Vaccination in Bombay 1869-1873 - 1869-1873
Year: 1869
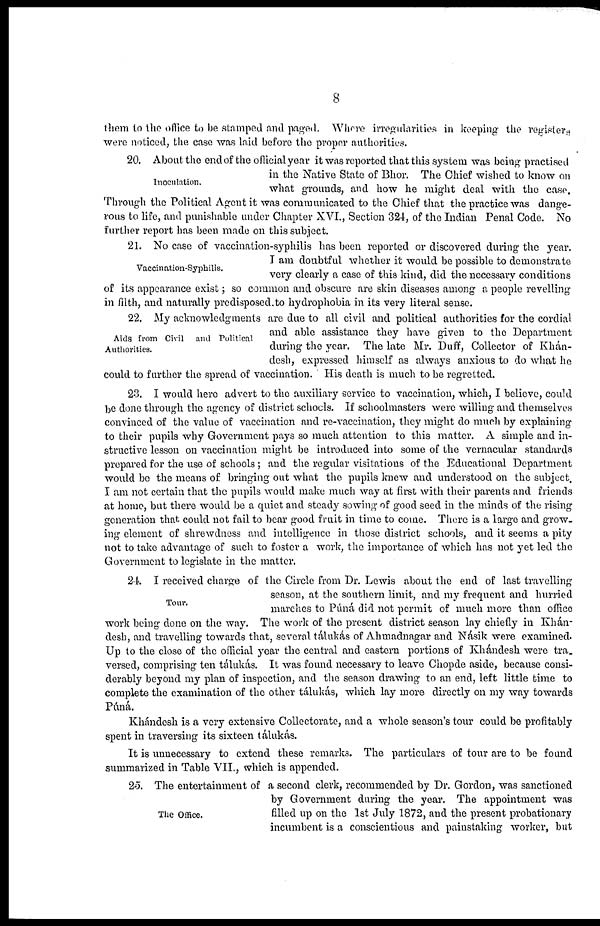
8
them to the office to be stamped and paged. Where irregularities in keeping the registers
were noticed, the case was laid before the proper authorities.
Inoculation.
20. About the end of the official year it was reported that this system was being practised
in the Native State of Bhor. The Chief wished to know on
what grounds, and how he might deal with the case.
Through the Political Agent it was communicated to the Chief that the practice was dange-
rous to life, and punishable under Chapter XVI., Section 324, of the Indian Penal Code. No
further report has been made on this subject.
Vaccination-Syphilis.
21. No case of vaccination-syphilis has been reported or discovered during the year.
I am doubtful whether it would be possible to demonstrate
very clearly a case of this kind, did the necessary conditions
of its appearance exist; so common and obscure are skin diseases among a people revelling
in filth, and naturally predisposed to hydrophobia in its very literal sense.
Aids from Civil and Political
Authorities.
22. My acknowledgments are due to all civil and political authorities for the cordial
and able assistance they have given to the Department
during the year. The late Mr. Duff, Collector of Khán-
desh, expressed himself as always anxious to do what he
could to further the spread of vaccination. His death is much to be regretted.
23. I would here advert to the auxiliary service to vaccination, which, I believe, could
be done through the agency of district schools. If schoolmasters were willing and themselves
convinced of the value of vaccination and re-vaccination, they might do much by explaining
to their pupils why Government pays so much attention to this matter. A simple and in-
structive lesson on vaccination might be introduced into some of the vernacular standards
prepared for the use of schools ; and the regular visitations of the Educational Department
would be the means of bringing out what the pupils knew and understood on the subject.
I am not certain that the pupils would make much way at first with their parents and friends
at home, but there would be a quiet and steady sowing of good seed in the minds of the rising
generation that could not fail to bear good fruit in time to come. There is a large and grow-
ing element of shrewdness and intelligence in those district schools, and it seems a pity
not to take advantage of such to foster a work, the importance of which has not yet led the
Government to legislate in the matter.
Tour.
24. I received charge of the Circle from Dr. Lewis about the end of last travelling
season, at the southern limit, and my frequent and hurried
marches to Púná did not permit of much more than office
work being done on the way. The work of the present district season lay chiefly in Khán-
desh, and travelling towards that, several tálukás of Ahmadnagar and Násik were examined.
Up to the close of the official year the central and eastern portions of Khándesh were tra¬
versed, comprising ten tálukás. It was found necessary to leave Chopde aside, because consi-
derably beyond my plan of inspection, and the season drawing to an end, left little time to
complete the examination of the other tálukás, which lay more directly on my way towards
Púná.
Khándesh is a very extensive Collectorate, and a whole season's tour could be profitably
spent in traversing its sixteen tálukás.
It is unnecessary to extend these remarks. The particulars of tour are to be found
summarized in Table VII., which is appended.
The Office.
25. The entertainment of a second clerk, recommended by Dr. Gordon, was sanctioned
by Government during the year. The appointment was
filled up on the 1st July 1872, and the present probationary
incumbent is a conscientious and painstaking worker, but